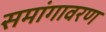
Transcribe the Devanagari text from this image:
समांगावरण